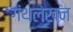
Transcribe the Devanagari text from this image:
गंथलेखन